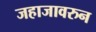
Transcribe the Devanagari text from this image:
जहाजावरुन